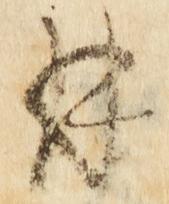
并